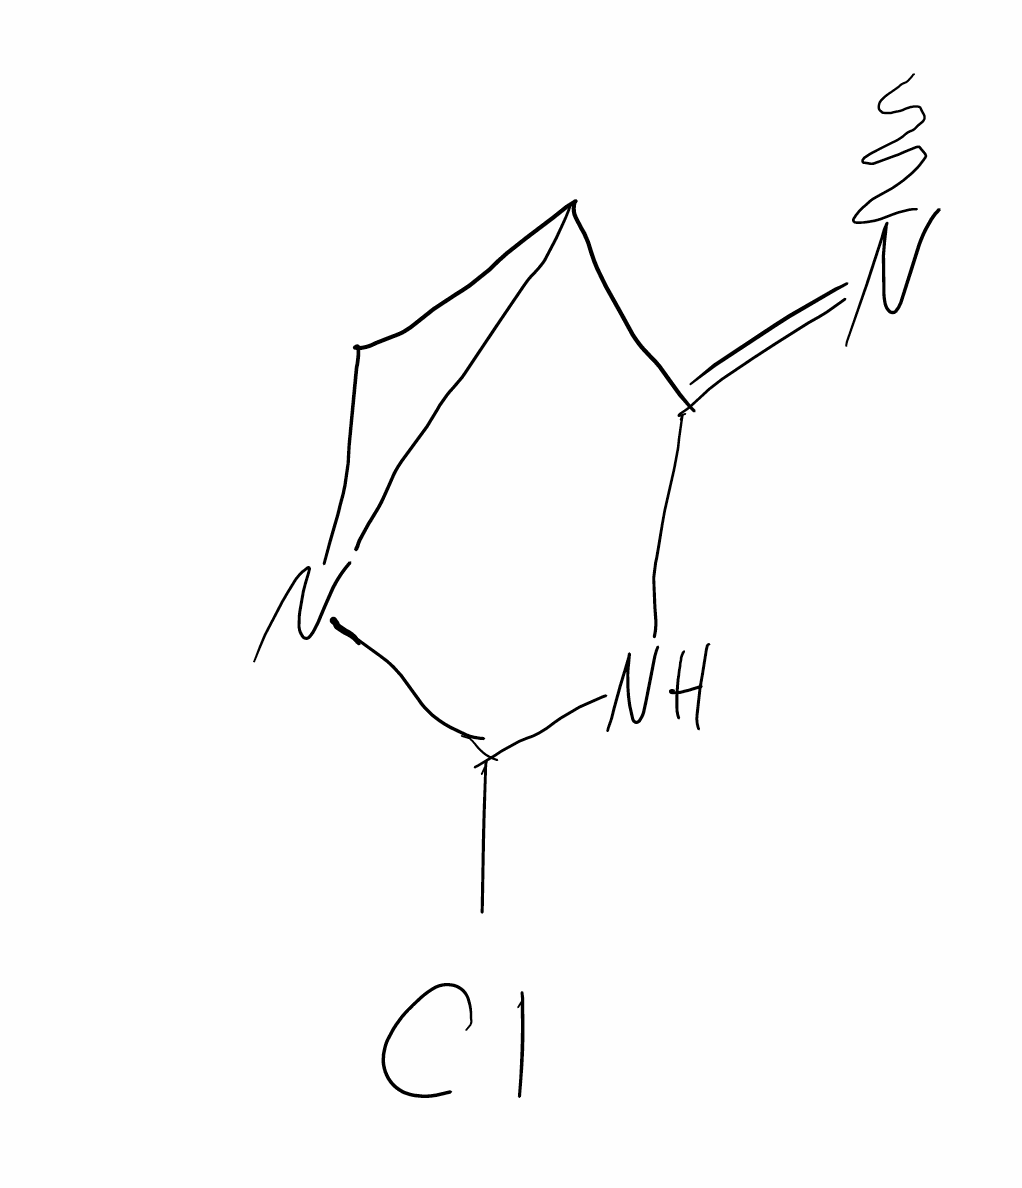
Simplified molecular-input line-entry system (SMILES) notation of the given molecule:
CN=C1C2CN2C(N1)Cl